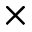
\times